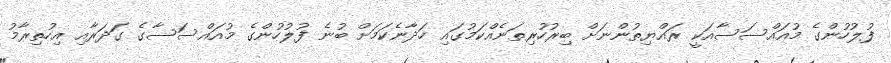
ފުލުހުންގެ މުއައްސަސާއަކީ ރައްޔިތުންނަށް ބިރުހުރިތަނެއްކަމުގައި ހަދާނެކަމަށް ބުނެ ފުލުހުންގެ މުއައްސަސާގެ ގަދަރާއި އިހުތިރާމު